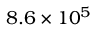
8 . 6 \times 1 0 ^ { 5 }